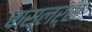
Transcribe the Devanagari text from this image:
चांसलर्स